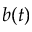
b ( t )